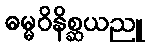
ဓမ္မဝိနိစ္ဆယညူ